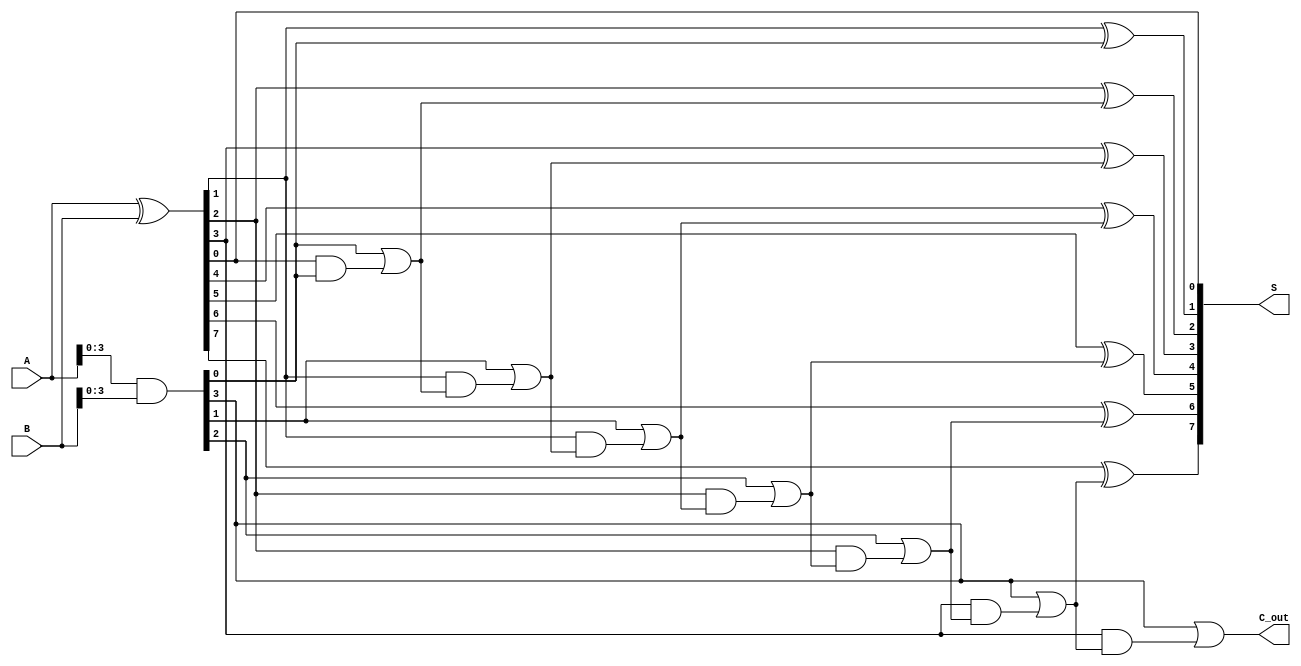
module brent_kung_adder #(parameter n = 8) (
    input  [n-1:0] A,  // First input
    input  [n-1:0] B,  // Second input
    output [n-1:0] S,  // Sum output
    output         C_out // Carry out
);

    wire [n-1:0] G; // Generate signals
    wire [n-1:0] P; // Propagate signals
    wire [n:0] C;   // Carry signals, C[0] = 0 for initialization

    assign G = A & B;  // Generate
    assign P = A ^ B;  // Propagate
    assign C[0] = 1'b0; // Initial carry input

    // First stage of the prefix network
    genvar i;
    generate
        for (i = 0; i < n; i = i + 1) begin
            if (i % 2 == 0) begin
                assign C[i+1] = G[i/2] | (P[i/2] & C[i]);
            end
        end
    endgenerate

    // Second stage of the prefix network
    generate
        for (i = 1; i < n; i = i + 2) begin
            assign C[i+1] = G[i/2] | (P[i/2] & C[i]);
        end
    endgenerate

    // Final carry-out
    assign C_out = C[n];

    // Sum calculation
    generate
        for (i = 0; i < n; i = i + 1) begin
            assign S[i] = P[i] ^ C[i];
        end
    endgenerate

endmodule